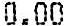
0.00